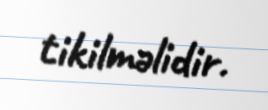
tikilməlidir.